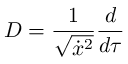
D = \frac 1 { \sqrt { \dot { x } ^ { 2 } } } \frac d { d \tau }